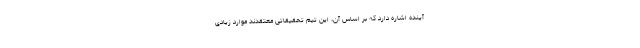
آینده اشاره دارد که بر اساس آن، این تیم تحقیقاتی معتقدند موارد زیادی